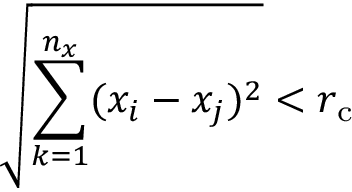
\sqrt { \sum _ { k = 1 } ^ { n _ { x } } ( x _ { i } - x _ { j } ) ^ { 2 } } < r _ { \mathrm { c } }